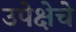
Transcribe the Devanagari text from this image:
उपेक्षेचे